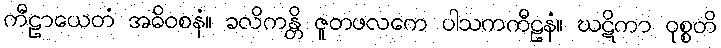
ကီဠာယေတံ အဓိဝစနံ။ ခလိကန္တိ ဇူတဖလကေ ပါသကကီဠနံ။ ဃဋိကာ ဝုစ္စတိ